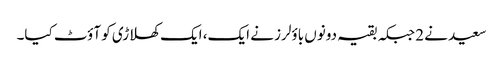
سعید نے 2 جبکہ بقیہ دونوں باؤلرز نے ایک، ایک کھلاڑی کو آؤٹ کیا۔